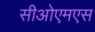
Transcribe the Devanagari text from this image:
सीओएमएस